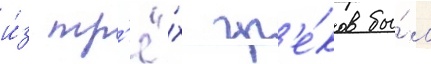
и́з тр'ё́х гр'е́ков бы́л